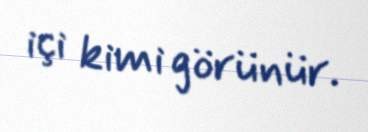
içi kimi görünür.